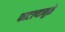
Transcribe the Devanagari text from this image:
फाटल्यामुळे